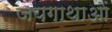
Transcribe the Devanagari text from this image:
जयगाथाओं